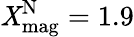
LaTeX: \mathit{X}_{\mathrm{{mag}}}^{\mathrm{{N}}}=1.9